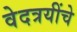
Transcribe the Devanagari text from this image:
वेदत्रयींचे